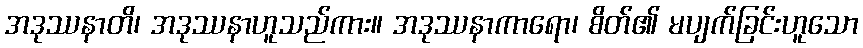
အဒုဿနာတိ၊ အဒုဿနာဟူသည်ကား။ အဒုဿနာကာရော၊ စိတ်၏ မပျက်ခြင်းဟူသော